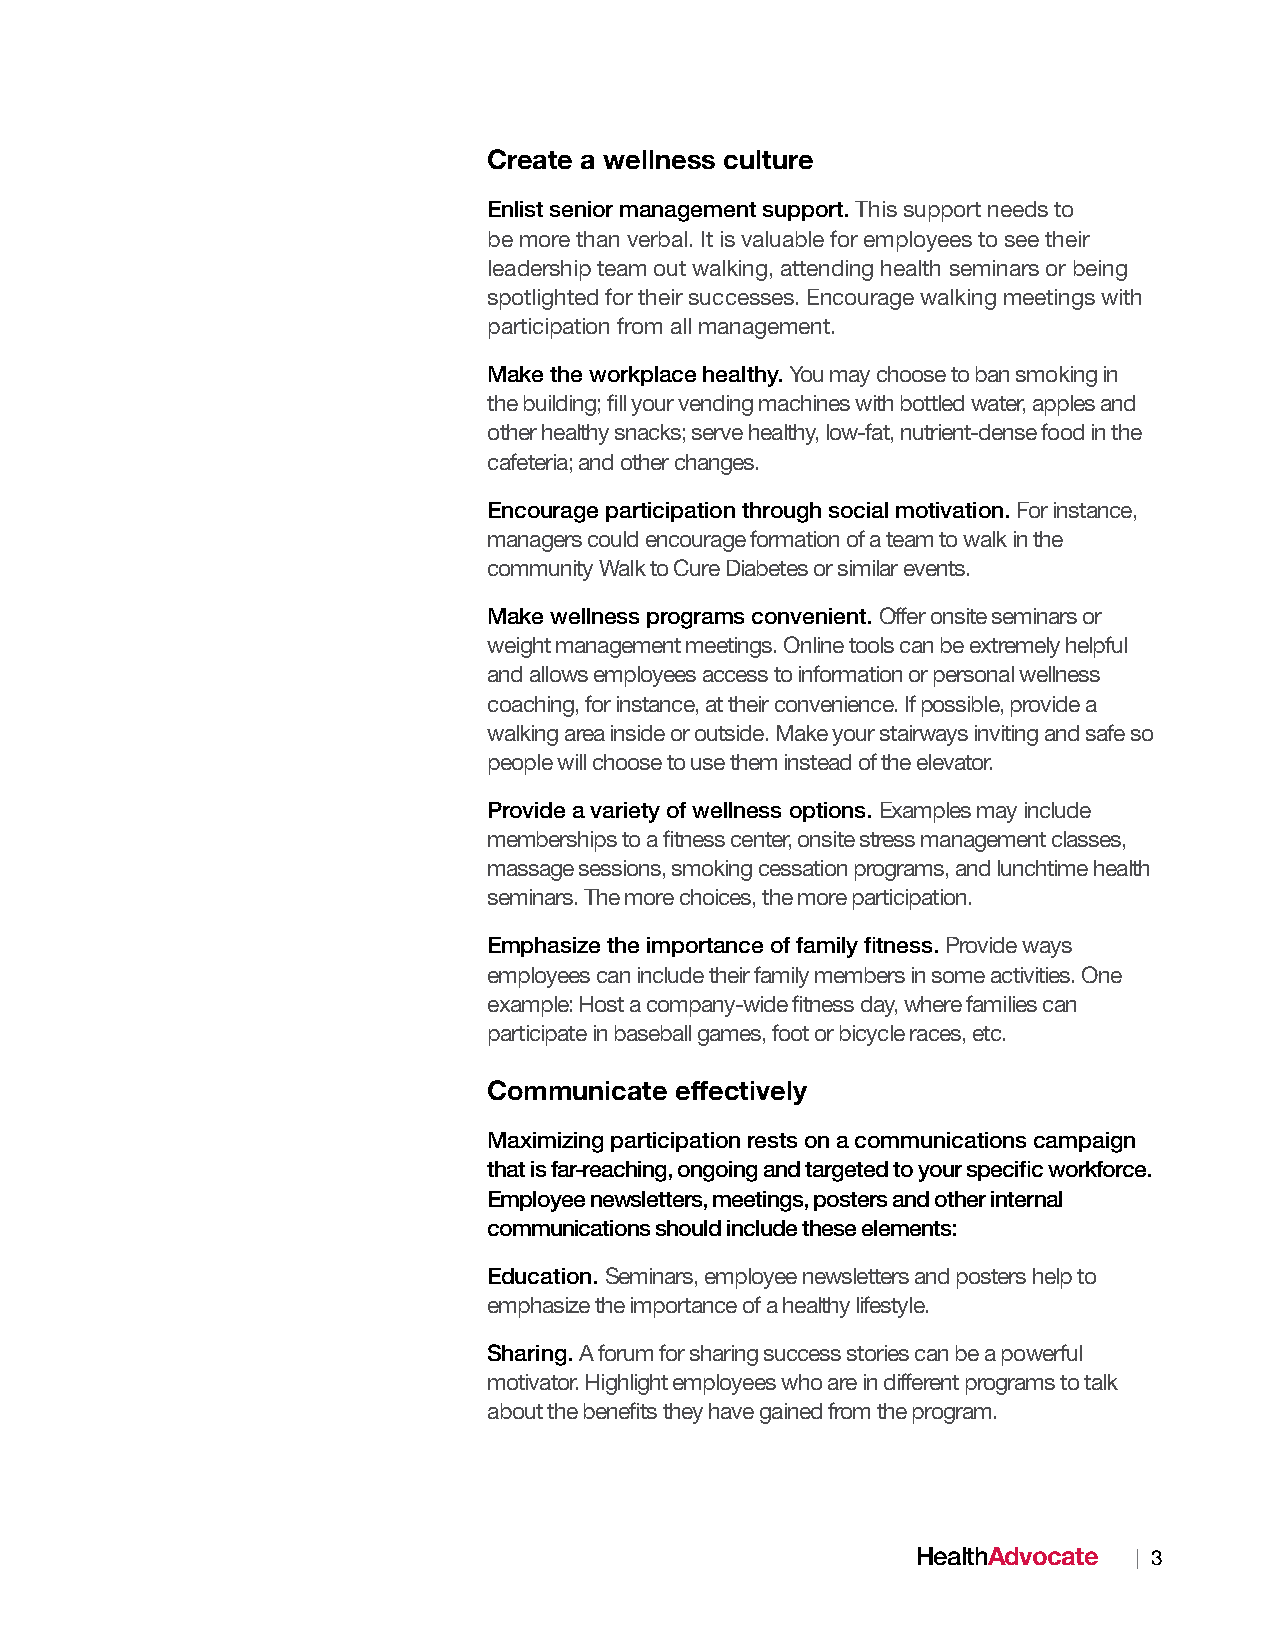
Create a wellness culture
 Enlist senior management support. This support needs to
 be more than verbal. It is valuable for employees to see their
 leadership team out walking, attending health seminars or being
 spotlighted for their successes. Encourage walking meetings with
 participation from all management.
 Make the workplace healthy. You may choose to ban smoking in
 the building; fill your vending machines with bottled water, apples and
 other healthy snacks; serve healthy, low-fat, nutrient-dense food in the
 cafeteria; and other changes.
 Encourage participation through social motivation. For instance,
 managers could encourage formation of a team to walk in the
 community Walk to Cure Diabetes or similar events.
 Make wellness programs convenient. Offer onsite seminars or
 weight management meetings. Online tools can be extremely helpful
 and allows employees access to information or personal wellness
 coaching, for instance, at their convenience. If possible, provide a
 walking area inside or outside. Make your stairways inviting and safe so
 people will choose to use them instead of the elevator.
 Provide a variety of wellness options. Examples may include
 memberships to a fitness center, onsite stress management classes,
 massage sessions, smoking cessation programs, and lunchtime health
 seminars. The more choices, the more participation.
 Emphasize the importance of family fitness. Provide ways
 employees can include their family members in some activities. One
 example: Host a company-wide fitness day, where families can
 participate in baseball games, foot or bicycle races, etc.
 Communicate  effectively
 Maximizing participation rests on a communications campaign
 that is far-reaching, ongoing and targeted to your specific workforce.
 Employee newsletters, meetings, posters and other internal
 communications should include these elements:
 Education. Seminars, employee newsletters and posters help to
 emphasize the importance of a healthy lifestyle.
 Sharing. A forum for sharing success stories can be a powerful
 motivator. Highlight employees who are in different programs to talk
 about the benefits they have gained from the program.
 HealthAdvocate | 3